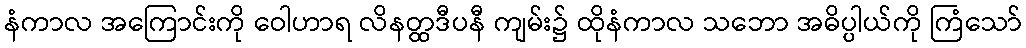
နံကာလ အကြောင်းကို ဝေါဟာရ လိနတ္ထဒီပနီ ကျမ်း၌ ထိုနံကာလ သဘော အဓိပ္ပါယ်ကို ကြံသော်